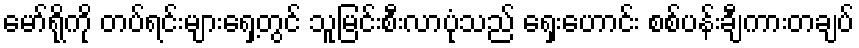
မော်ရိုကို တပ်ရင်းများရှေ့တွင် သူမြင်းစီးလာပုံသည် ရှေးဟောင်း စစ်ပန်းချီကားတချပ်